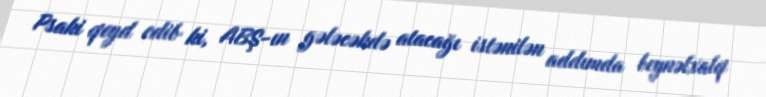
Psaki qeyd edib ki, ABŞ-ın gələcəkdə atacağı istənilən addımda beynəlxalq